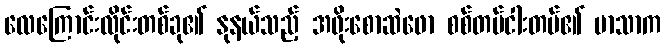
လေကြောင်းလိုင်းတစ်ခု၏ နုနယ်သည့် အဖိုးစောဆဲဖော စစ်တပ်ငါးတပ်၏ မာသာက